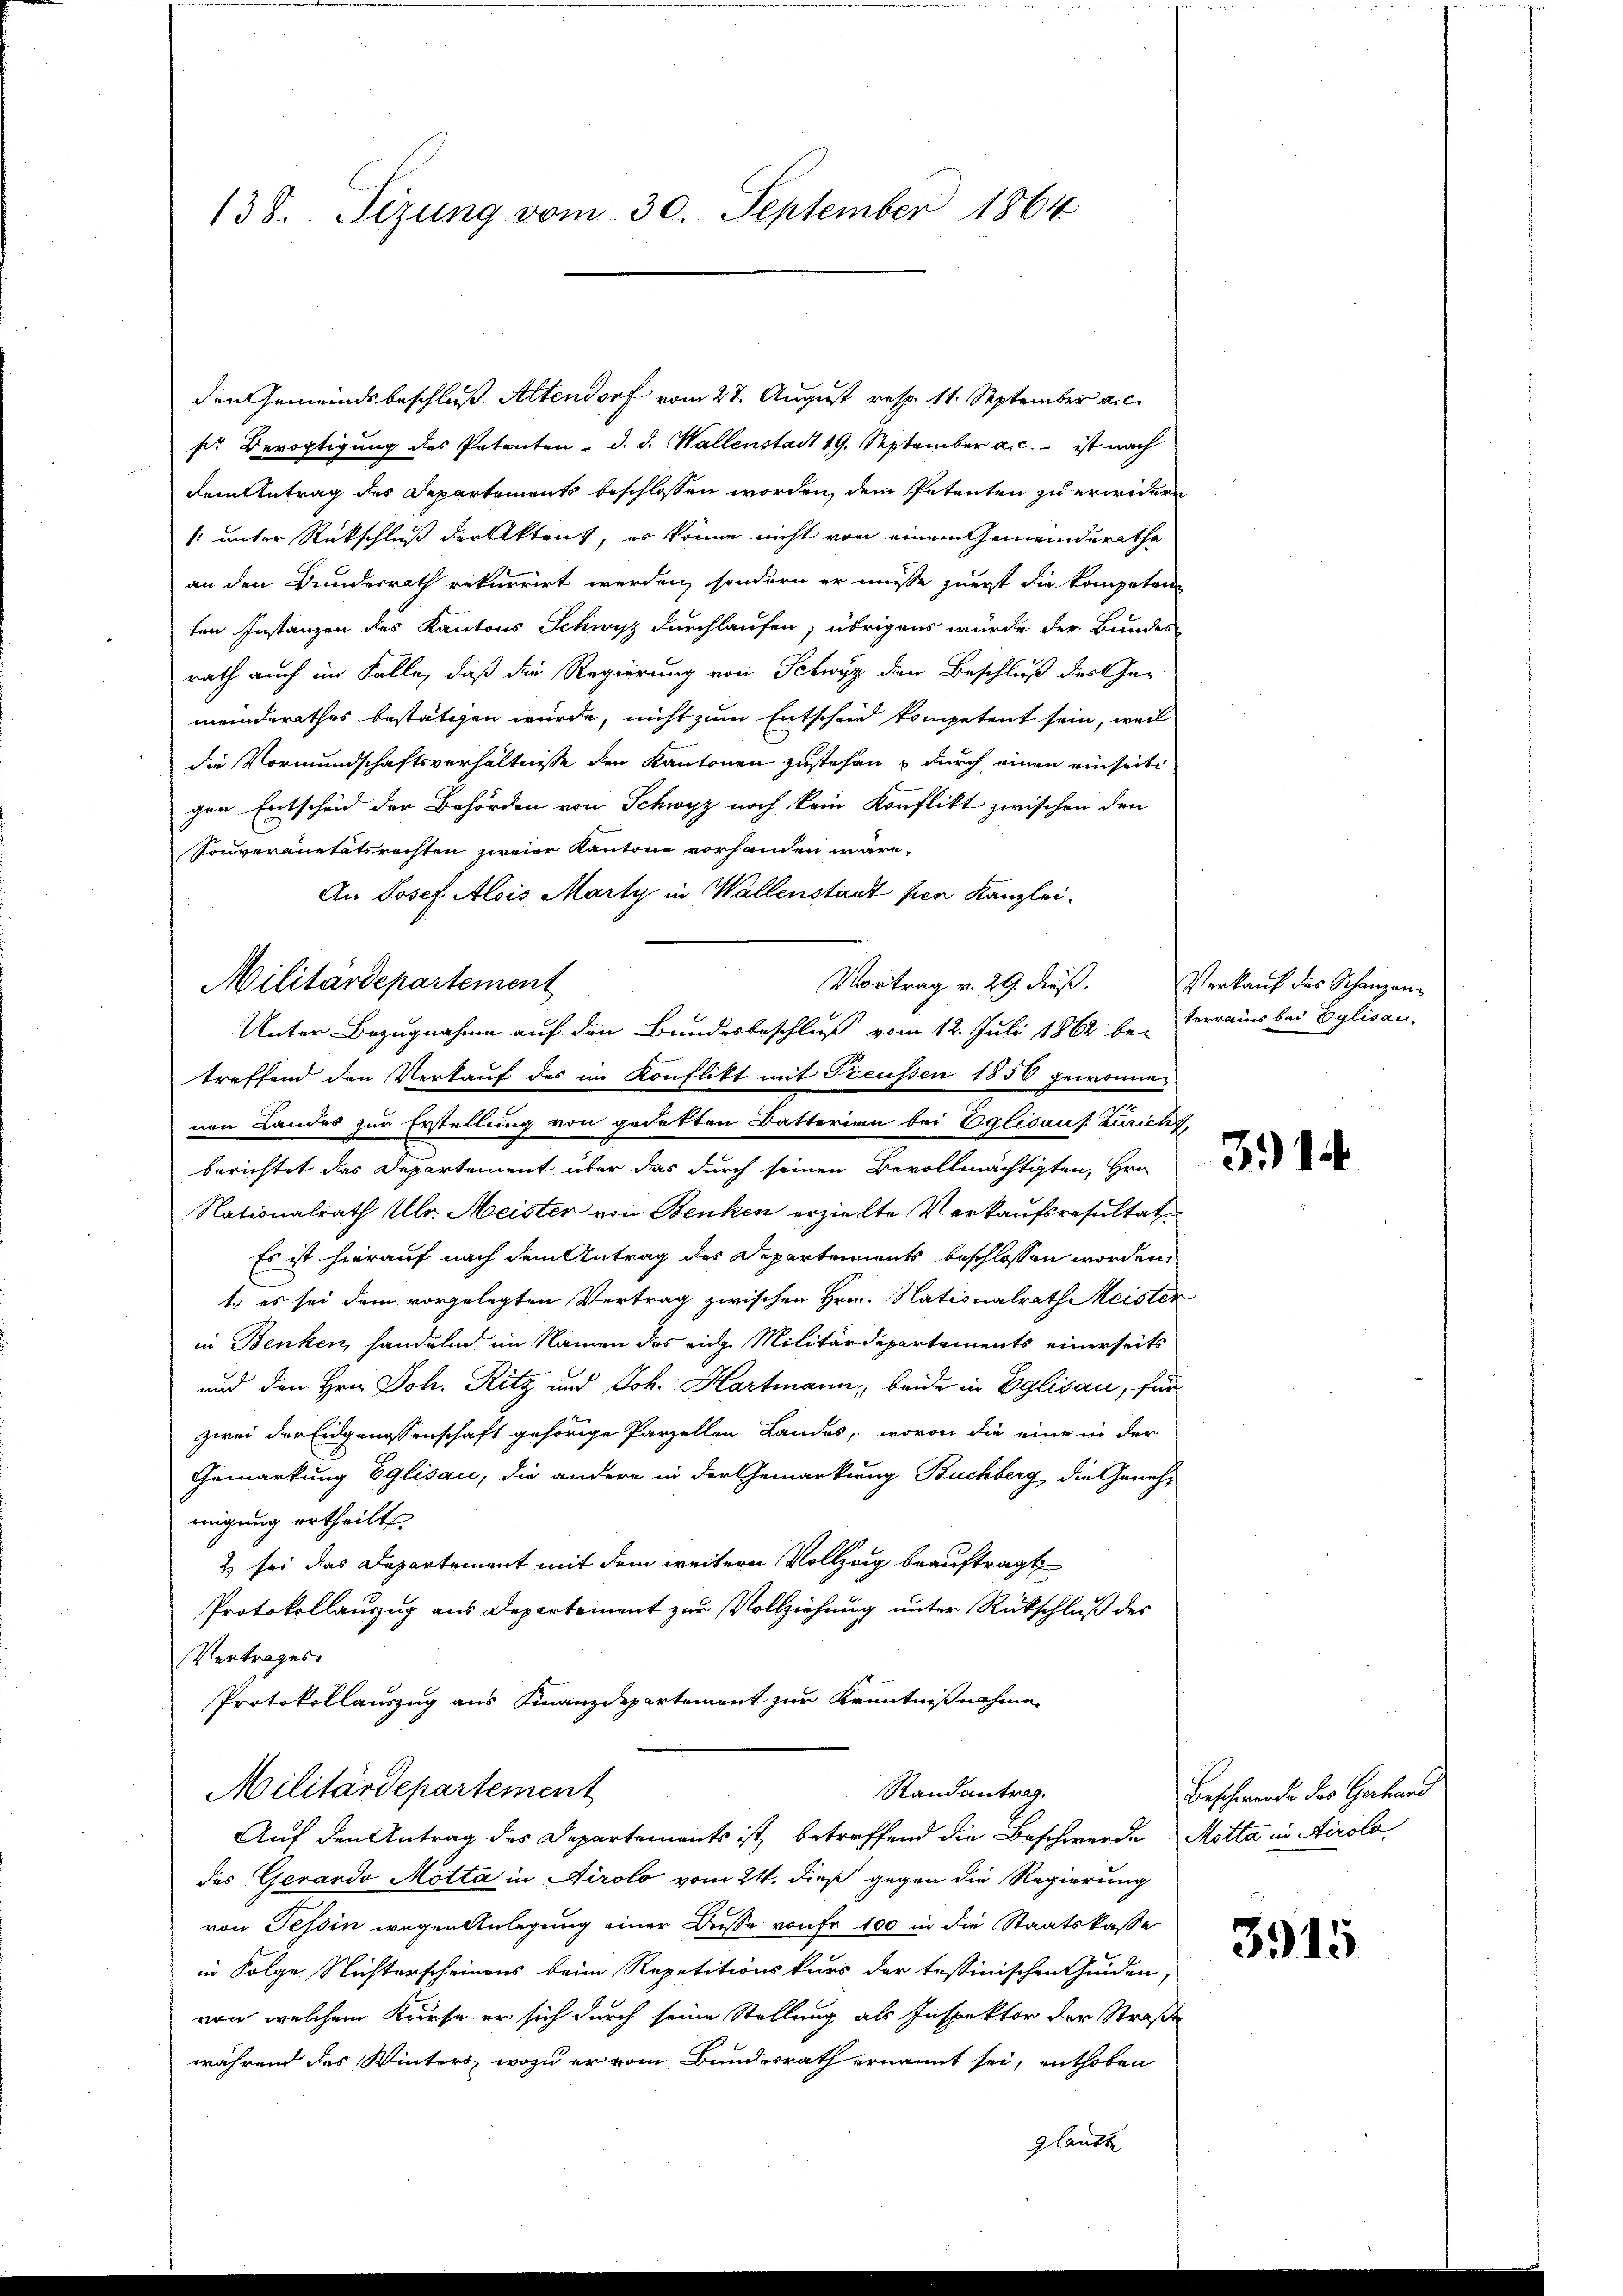
138. Sizung vom 30. September 1864

den Gemeindsbeschluß Altendorf vom 27. August resp. 11. September a.c.
pr Bevogtigung des Patenten d. d. Wallenstadt 19. September a. c. ist nach
dem Antrag des Departements beschlossen worden, dem Petenten zu erwidern
: unter Rückschluß der Aktent, es könne nicht von einem Gemeinderathe
an den Bundesrath rekurrirt werden, sondern er müsse zuerst die kompeten
ten Instanzen des Kantons Schwyz durchlaufen; übrigens würde der Bundes
rath auch im Falle, daß die Regierung von Schwyz dien Beschluß des Gemeinderathes bestätigen würde, nicht zum Entscheid kompetent sein, weil
die Vormundschaftsverhältnisse den Kantonen zustehen, durch einen einseitigen Entscheid der Behörden von Schwyz noch kein Konflikt zwischen den
Souveränetätsrechten zweier Kantone vorhanden wäre.
An Josef Alois Marty in Wallenstant per Kanzlei-
Unter Bezugnahme auf den Bundesbeschluß vom 12. Juli 1862 be- Verrains bei Eglisau.
treffend den Verkauf das im Konflikt mit Treussen 1850 gewonne
nen Landes zur Erstellung von gedekten Batterian bei Eglisauf. Zuricht,
berichtet das Departement über das durch seinen Bevollmächtigten, Hrn.
Nationalrath Ulr. Meister von Benken erzielte Verkaufsresultat
Es ist hierauf nach dem Antrag des Departements beschlossen worden.
1.) es sei dem vorgelegten Vertrag zwischen Hrn. Nationalrath Meister
in Benken, handelnd im Namen des eige Militärdepartements einerseits
und den Hrn. Joh. Ritz und Joh. Hartmann, beide in Eglisau, für
zwei der Eidgenossenschaft gehörige Parzellen Landes, wovon die eine in der
Gemarkung Eglisau, die andere in der Gemarkung Buchberg die Genehmigung ertheilt.
2) sei das Departement mit dem weitern Vollzog beauftragt
Protokollauzug aus Departement zur Vollziehung unter Rückschluß des
Vertrages.
Protokollauszug aus Finanzdepartement zur Kenntnißnahme
Militärdepartement
Randantrag.
Auf den Antrag des Departements ist betreffend die Beschwerde Motta in Airolo
des Gerando Motta in Airolo vom 24. dieß gegen die Regierung
von Tessin wegen Anlegung einer Düsse von fr. 100 in die Staatskasse
in Folge Nichterscheinens beim Repetitionskurs der tessinischen Guiden,
von welchem Kurse er sich durch seine Stellung als Inspektor der Straße
während des Winters, wozu er vom Bundesrath ernannt sei, enthoben
glaubte

Militärdepartement

Vortrag v. 29. dieß.

Verkauf des Schanzen

314

Beschwerde des Gerhand

3915